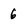
Character: 6